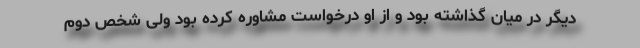
دیگر در میان گذاشته بود و از او درخواست مشاوره کرده بود ولی شخص دوم